Lunatic asylums United Prov. 1922-30 - 1922-1930
Year: 1922
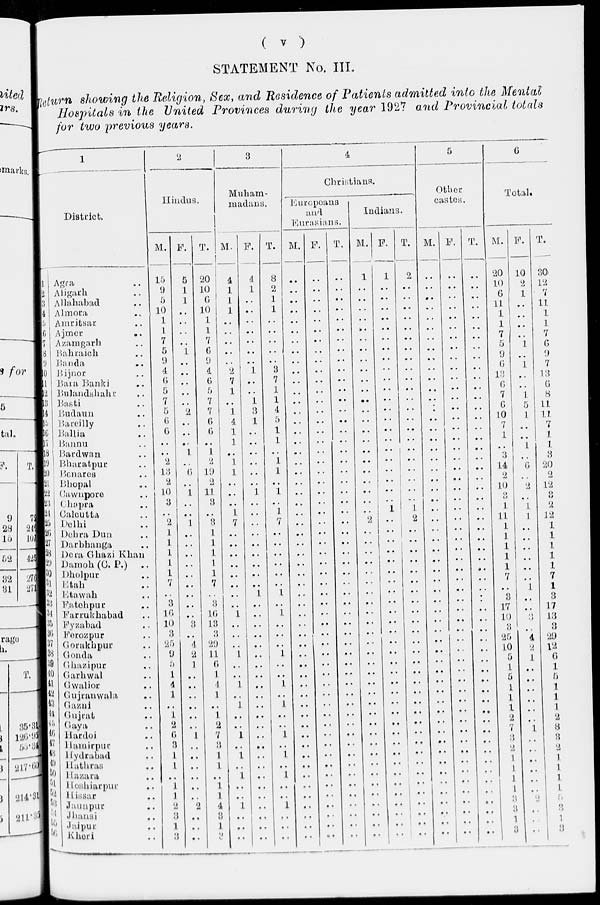
( v )
STATEMENT No. III.
Return showing the Religion, Sex, and Residence of Patients admitted into the Mental
Hospitals in the United Provinces during the year 1927 and Provincial totals
for two previous years.
1
District.
1
2
3
4
5
6
7
8
9
10
11
12
13
14
15
16
17
18
19
20
21
22
23
24
24
26
27
28
29
30.
31
32
33
34
35
36
37
38
39
40
41
42
43
44
45
46
47
48
49
50
51
52
53
54
55
56
Agra ..
Aligarh ..
Allahabad ..
Almora ..
Amritsar ..
Ajmer ..
Azamgarh ..
Bahraich ..
Banda ..
Bijnor ..
Bara Banki ..
Bulandshahr ..
Basti ..
Budaun ..
Bareilly ..
Ballia ..
Bannu ..
Bardwan ..
Bharatpur ..
Benares ..
Bhopal ..
Cawnpore ..
Chapra ..
Calcutta
Delhi ..
Dehra Dun ..
Darbhanga ..
Dera Ghazi Khan
Damoh(C. P.)
..
Dholpur ..
Etah ..
Etawah ..
Fatehpur ..
Farrukhabad ..
Fyzabad ..
Ferozpur ..
Gorakhpur ..
Gonda ..
Ghazipur ..
Garhwal ..
Gwalior ..
Gujranwala ..
Gazni ..
Gujrat ..
Gaya ..
Hardoi ..
Hamirpur ..
Hydrabad ..
Hathras ..
Hazara ..
Hoshiarpur ..
Hissar ..
Jaunpur ..
Jhansi ..
Jaipur ..
Kheri ..
2
Hindus.
M.
15
9
5
10
1
1
7
5
9
4
6
5
7
5
6
6
..
..
2
13
2
10
3
..
2
1
1
1
1
1
7
..
3
16
10
3
25
9
5
1
4
1
..
1
2
6
3
1
1
..
1
1
2
3
1
3
F.
5
1
1
..
..
..
..
1
..
..
..
..
..
2
..
..
..
1
..
6
..
1
..
..
1
..
..
..
..
..
..
..
..
..
3
..
4
2
1
..
..
..
..
..
..
1
..
..
..
..
..
..
2
..
..
..
T.
20
10
6
10
1
1
7
6
9
4
6
5
7
7
6
6
..
1
2
19
2
11
3
..
3
1
1
1
1
1
7
..
3
16
13
3
29
11
6
1
4
1
..
1
2
7
3
1
1
..
1
1
4
3
1
3
3
Muham-
madans.
M.
4
1
1
1
..
..
..
..
..
2
7
1
..
1
4
1
1
..
1
1
..
..
..
1
7
..
..
..
..
..
..
..
..
1
..
..
..
1
..
..
1
..
1
..
..
1
..
1
..
1
..
..
1
..
..
..
F.
4
1
..
..
..
..
..
..
..
1
..
..
1
3
1
..
..
..
..
..
..
1
..
..
..
..
..
..
..
..
..
1
..
..
..
..
..
..
..
..
..
..
..
..
..
..
..
..
..
..
..
..
..
..
..
..
T.
8
2
1
1
..
..
..
..
..
3
7
1
1
4
5
1
1
..
1
1
..
1
..
1
7
..
..
..
..
..
..
1
..
1
..
..
..
1
..
..
1
..
1
..
..
1
..
1
..
1
..
..
1
..
..
..
4
Christians.
Europeans
and
Eurasians.
M.
..
..
..
..
..
..
..
..
..
..
..
..
..
..
..
..
..
..
..
..
..
..
..
..
..
..
..
..
..
..
..
..
..
..
..
..
..
..
..
..
..
..
..
..
..
..
..
..
..
..
..
..
..
..
..
..
F.
..
..
..
..
..
..
..
..
..
..
..
..
..
..
..
..
..
..
..
..
..
..
..
..
..
..
..
..
..
..
..
..
..
..
..
..
..
..
..
..
..
..
..
..
..
..
..
..
..
..
..
..
..
..
..
..
T.
..
..
..
..
..
..
..
..
..
..
..
..
..
..
..
..
..
..
..
..
..
..
..
..
..
..
..
..
..
..
..
..
..
..
..
..
..
..
..
..
..
..
..
..
..
..
..
..
..
..
..
..
..
..
..
..
Indians.
M.
1
..
..
..
..
..
..
..
..
..
..
..
..
..
..
..
..
..
..
..
..
..
..
..
2
..
..
..
..
..
..
..
..
..
..
..
..
..
..
..
..
..
..
..
..
..
..
..
..
..
..
..
..
..
..
..
F.
1
..
..
..
..
..
..
..
..
..
..
..
..
..
..
..
..
..
..
..
..
..
..
1
..
..
..
..
..
..
..
..
..
..
..
..
..
..
..
..
..
..
..
..
..
..
..
..
..
..
..
..
..
..
..
..
T.
2
..
..
..
..
..
..
..
..
..
..
..
..
..
..
..
..
..
..
..
..
..
..
1
2
..
..
..
..
..
..
..
..
..
..
..
..
..
..
..
..
..
..
..
..
..
..
..
..
..
..
..
..
..
..
..
5
Other
castes.
M.
..
..
..
..
..
..
..
..
..
..
..
..
..
..
..
..
..
..
..
..
..
..
..
..
..
..
..
..
..
..
..
..
..
..
..
..
..
..
..
..
..
..
..
..
..
..
..
..
..
..
..
..
..
..
..
..
F.
..
..
..
..
..
..
..
..
..
..
..
..
..
..
..
..
..
..
..
..
..
..
..
..
..
..
..
..
..
..
..
..
..
..
..
..
..
..
..
..
..
..
..
..
..
..
..
..
..
..
..
..
..
..
..
..
T.
..
..
..
..
..
..
..
..
..
..
..
..
..
..
..
..
..
..
..
..
..
..
..
..
..
..
..
..
..
..
..
..
..
..
..
..
..
..
..
..
..
..
..
..
..
..
..
..
..
..
..
..
..
..
..
..
6
Total.
M.
20
10
6
11
1
1
7
5
9
6
13
6
7
6
10
7
1
..
3
14
2
10
3
1
11
1
1
1
1
1
7
..
3
17
10
3
25
10
5
1
5
1
1
1
2
7
3
2
1
1
1
1
3
3
1
3
F.
10
2
1
..
..
..
..
1
..
1
..
..
1
5
1
..
..
1
..
6
..
2
..
1
1
..
..
..
..
..
..
1
..
..
3
..
4
2
1
..
..
..
..
..
..
1
..
..
..
..
..
..
..
..
..
..
T.
30
12
7
11
1
1
7
6
9
7
13
6
8
11
11
7
1
1
3
20
2
12
3
2
12
1
1
1
1
1
7
1
3
17
13
3
29
12
6
1
5
1
l
1
2
8
3
2
1
1
1
1
3
3
1
3